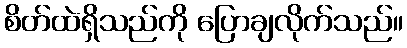
စိတ်ထဲရှိသည်ကို ပြောချလိုက်သည်။